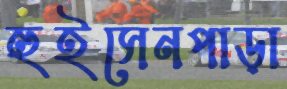
হুইসেনপাড়া